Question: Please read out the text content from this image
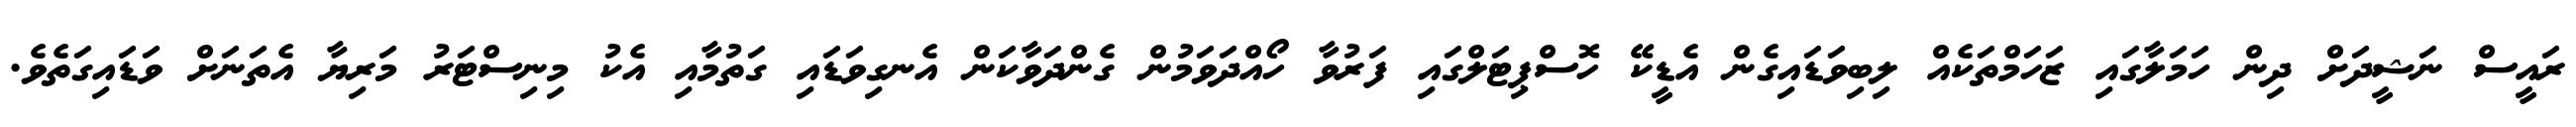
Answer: ރައީސް ނަޝީދަށް ދިން ހަމަލާގައި ޒަހަމްތަކެއް ލިބިވަޑައިގެން އެޑީކޭ ހޮސްޕިޓަލްގައި ފަރުވާ ހޯއްދަވަމުން ގެންދަވާކަން އެނގިވަޑައި ގަތުމާއި އެކު މިނިސްޓަރު މަރިޔާ އެތަނަށް ވަޑައިގަތެވެ.